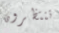
تنتظرون